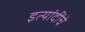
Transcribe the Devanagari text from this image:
इत्यांदींचे